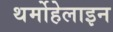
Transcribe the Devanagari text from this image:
थर्मोहेलाइन